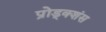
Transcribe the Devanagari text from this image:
प्रोड्क्शंस